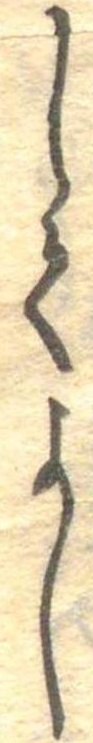
してよし